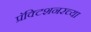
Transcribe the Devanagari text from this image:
प्रॅक्टिशनरच्या